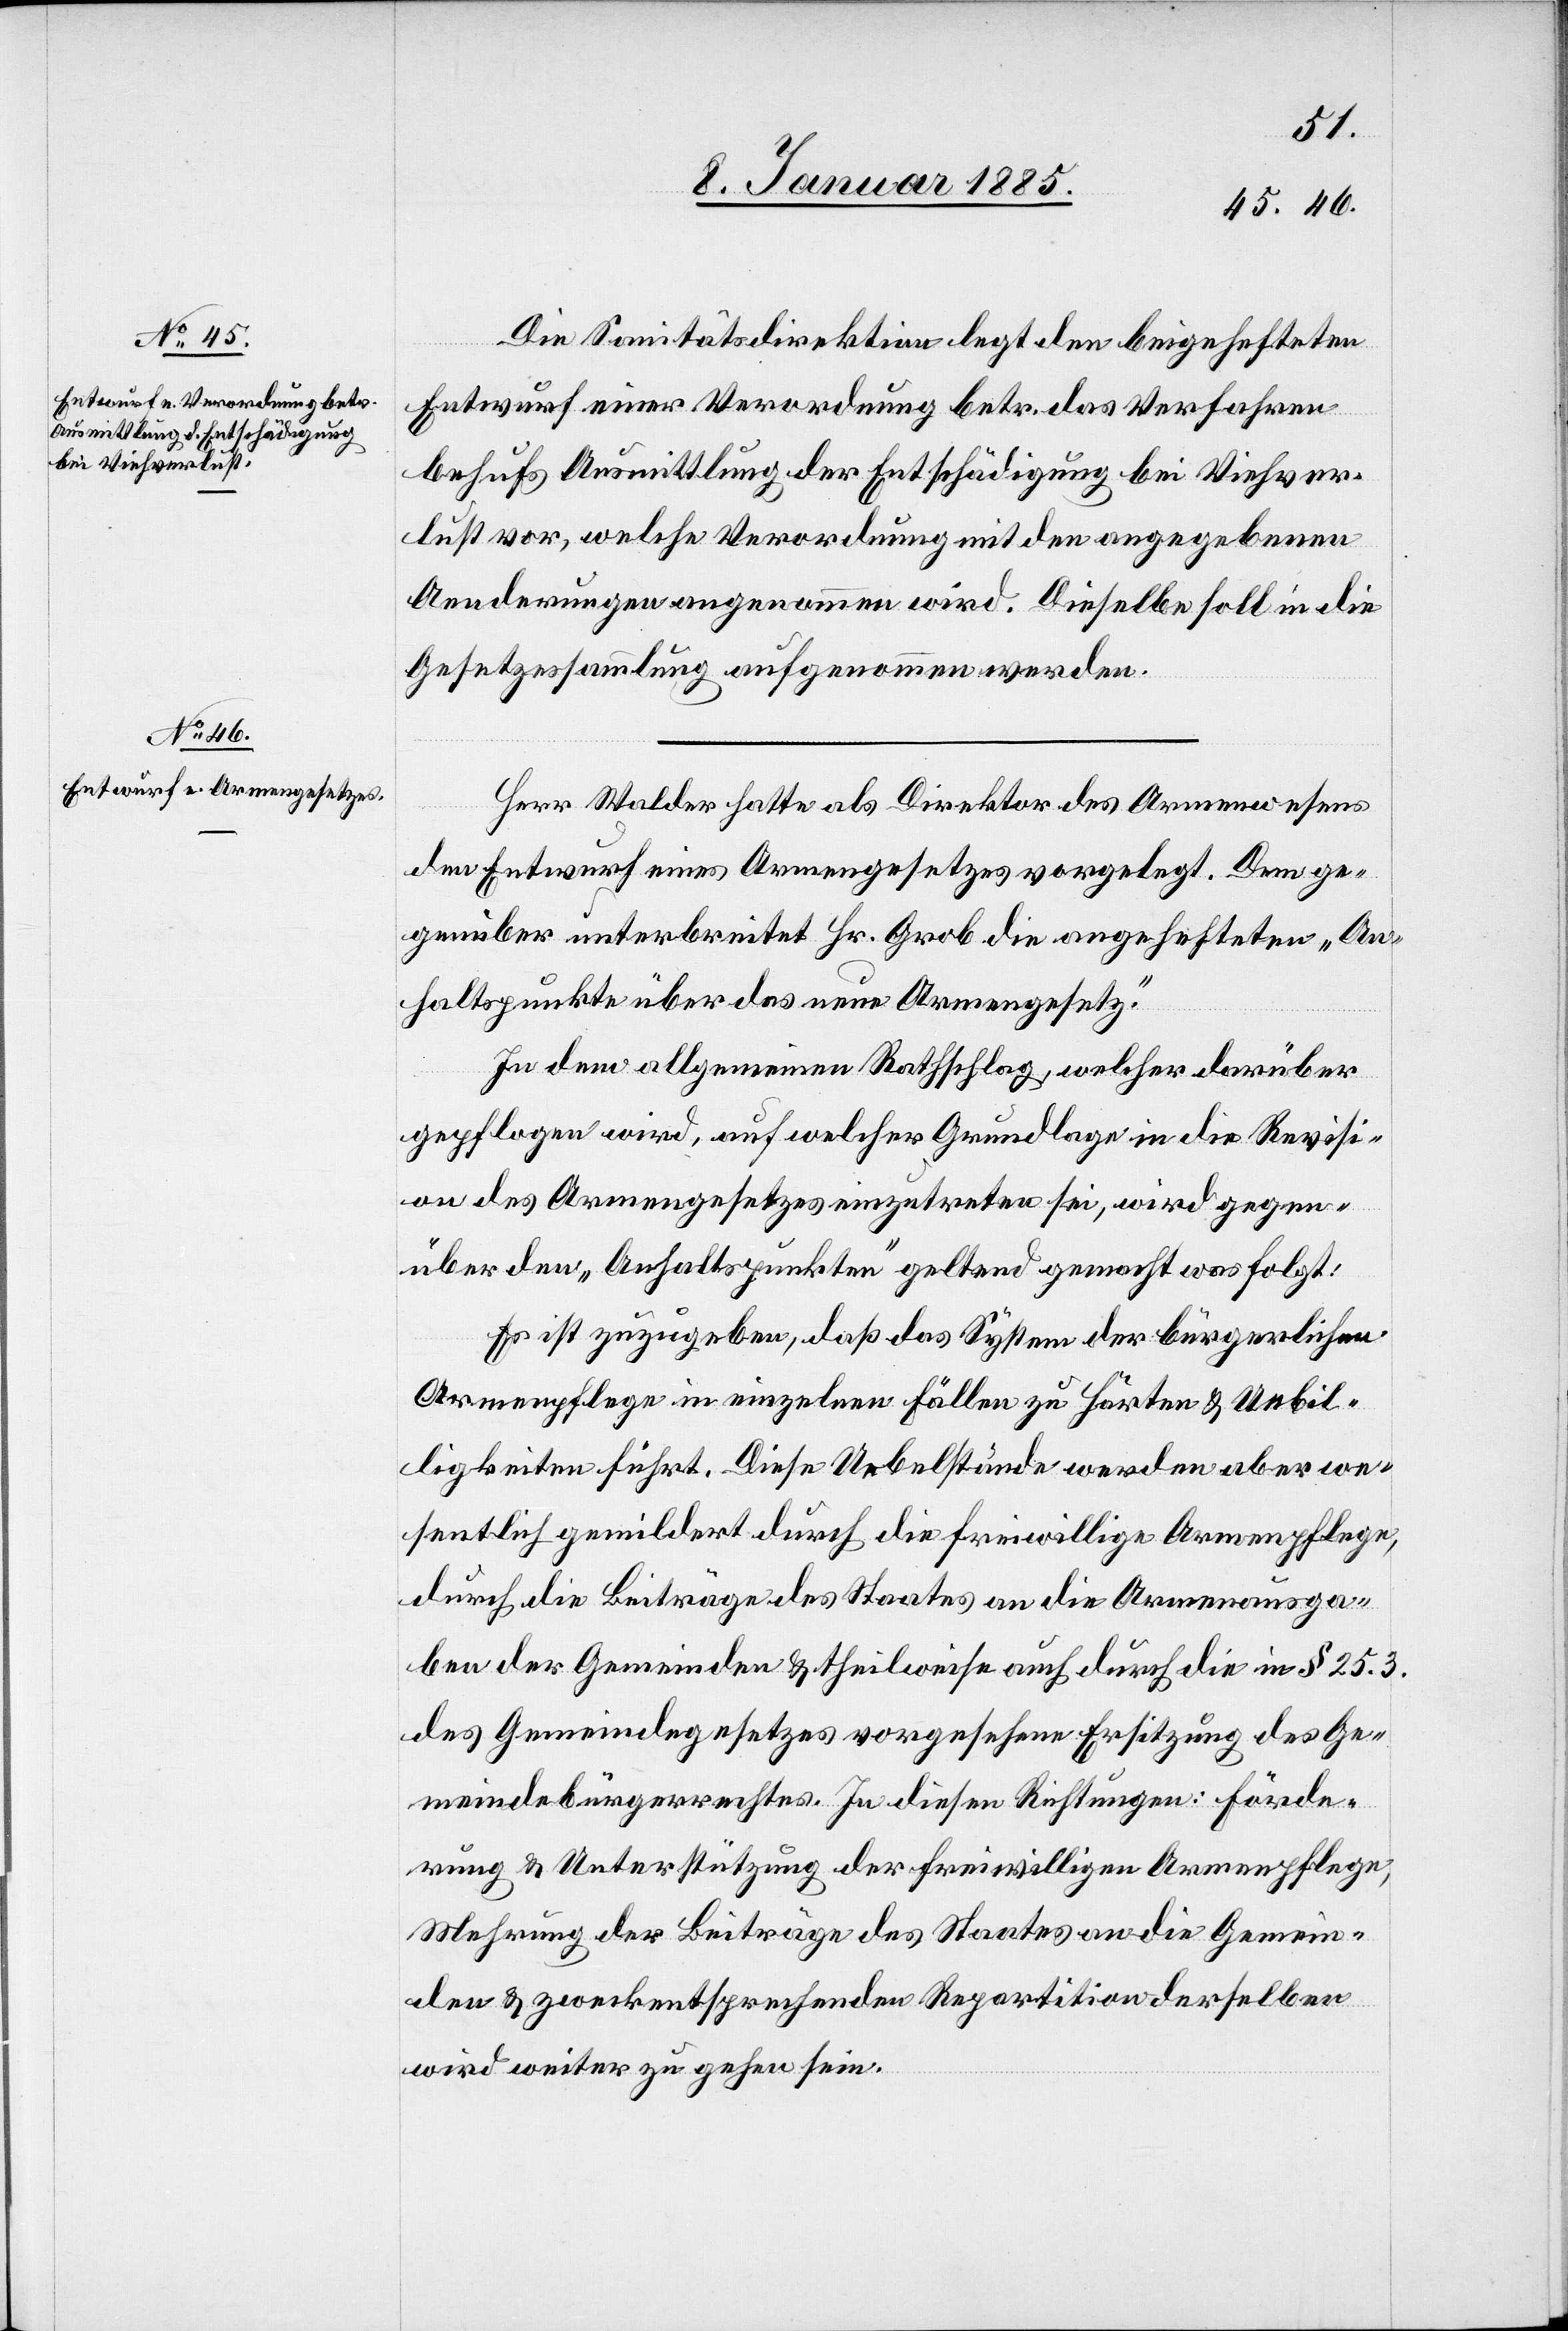
Die Sanitätsdirektion legt den beigehefteten
Entwurf einer Verordnung betr. das Verfahren
behufs Ausmittlung der Entschädigung bei Viehver¬
lust vor, welche Verordnung mit den angegebenen
Aenderungen angenommen wird. Dieselbe soll in die
Gesetzessammlung aufgenommen werden.
Herr Walder hatte als Direktor des Armenwesens
den Entwurf eines Armengesetzes vorgelegt. Dem ge¬
genüber unterbreitet Hr. Grob die angehefteten „An¬
haltspunkte über das neue Armengesetz.“
In dem allgemeinen Rathschlag, welcher darüber
gepflogen wird, auf welcher Grundlage in die Revisi¬
on des Armengesetzes einzutreten sei, wird gegen¬
über den „Anhaltspunkten“ geltend gemacht was folgt:
Es ist zuzugeben, daß das System der bürgerlichen
Armenpflege in einzelnen Fällen zu Härten & Unbil¬
ligkeiten führt. Diese Uebelstände werden aber we¬
sentlich gemildert durch die freiwillige Armenpflege,
durch die Beiträge des Staates an die Armenausga¬
ben der Gemeinden & theilweise auch durch die in § 25.3.
des Gemeindegesetzes vorgesehene Ersitzung des Ge¬
meindebürgerrechtes. In diesen Richtungen: Förde¬
rung & Unterstützung der freiwilligen Armenpflege,
Mehrung der Beiträge des Staates an die Gemein¬
den & zweckentsprechenden Repartition derselben
wird weiter zu gehen sein.